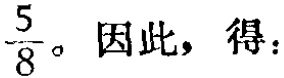
$\frac{5}{8}$。因此，得：